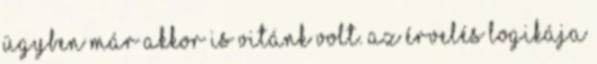
ügyben már akkor is vitánk volt. Az érvelés logikája